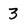
Character: 3